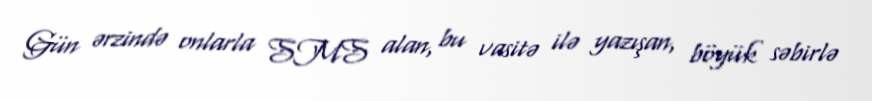
Gün ərzində onlarla SMS alan, bu vasitə ilə yazışan, böyük səbirlə